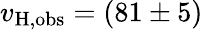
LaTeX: v_{\mathrm{H,obs}}=(81\pm 5)